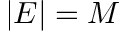
| E | = M